Lock hospitals Punjab
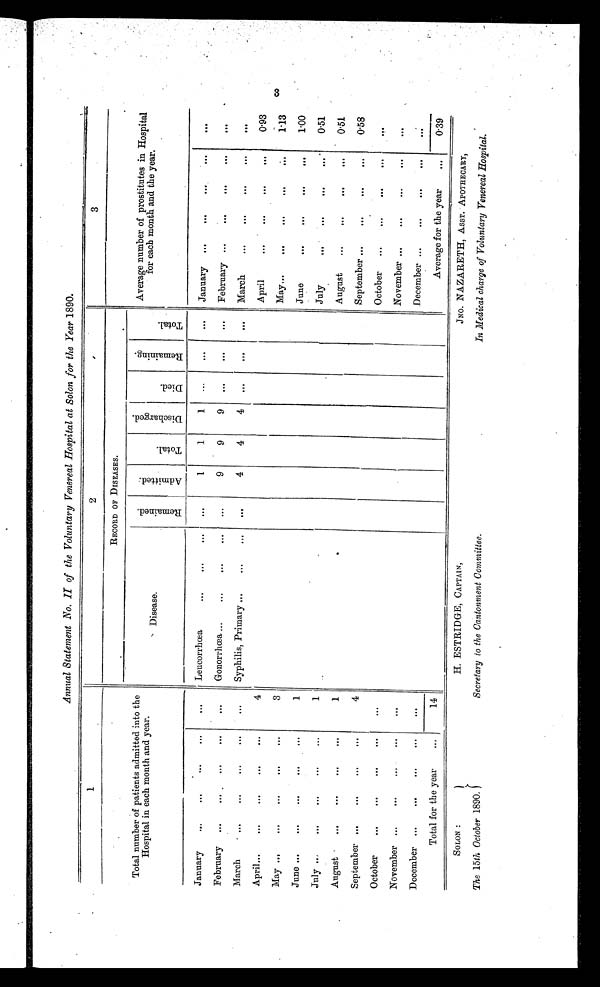
Annual Statement No. II of the Voluntary Venereal Hospital at Solon for the Year 1890.
1
2
3
Total number of patients admitted into the
Hospital in each month and year
RECORD OF DISEASES.
Average number of prostitutes in Hospital
for each month and the year.
Disease.
R e m a i n e d .
A d m i t t e d .
T o t a l .
D i s c h a r g e d . D i e d .
R e m a i n i n g .
T o t a l .
January
...
...
. . .
. . .
. . . Leucorrhœa
. . .
. . .
. . .
. . .
1
1
1
. . .
...
. . .
January ...
...
. . .
•••
•••
February ...
. . .
. . .
. . .
Gonorrhœa ...
. . .
. . .
. . .
. . .
9
9
9
. . .
. . .
. . .
February ...
. . .
. . .
...
. . .
March
. . .
...
...
. . .
...
Syphilis, Primary ...
. . .
...
...
4
4
4
. . .
...
. . .
March
. . .
. . .
. . .
...
. . .
A p ril
. . .
•••
•••
4
April
. . .
. . .
. . .
...
0.93
May
. . .
. . .
. . .
....
3
May
. . .
...
•••
...
1.13
June
. . .
...
...
1
June
. . .
. . .
•••
...
1 . 0 0
July
•••
•••
•••
•••
1
July
. . .
. . .
...
...
0.51
August
...
...
...
. . .
1
August
. . .
. . .
. . .
...
0.51
September ...
...
...
...
4
September ...
. . .
. . .
...
0.58
October
. . .
...
...
. . .
October
...
. . .
•••
...
. . .
November ...
. . .
. . . ...
...
November ...
. . .
. . .
...
. . .
D ecember ...
...
. . . ...
. . .
December ...
...
. . .
...
•••
Total for the year
...
14
Average for the year
...
0.39
3
SOLON :
The 15th October 1890. C
H. ESTRIDGE, CAPTAIN,
Secretary to the Cantonment Committee.
JNO. NAZARETH, ASST. APOTHECARY,
In Medical charge of Voluntary Venereal Hospital.